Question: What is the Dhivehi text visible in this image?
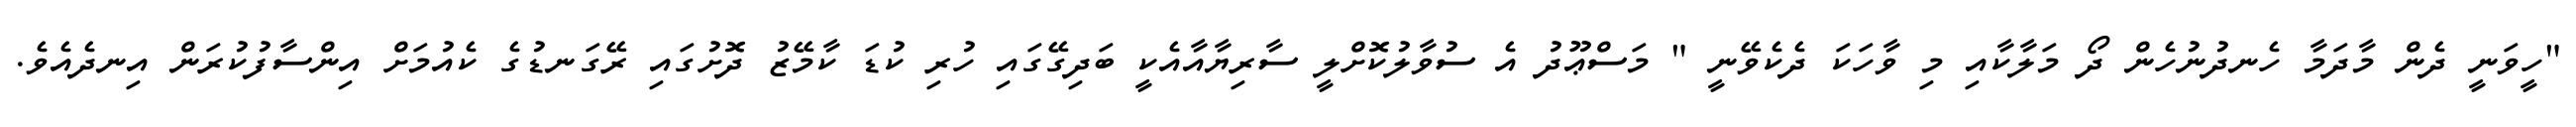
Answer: "ހީވަނީ ދެން މާދަމާ ހެނދުނުހެން ދޯ މަލާކާއި މި ވާހަކަ ދެކެވޭނީ " މަސްޢޫދު އެ ސުވާލުކޮށްލީ ސާރިޔާއާއެކީ ބަދިގޭގައި ހުރި ކުޑަ ކާމޭޒު ދޮށުގައި ރޭގަނޑުގެ ކެއުމަށް އިންސާފުކުރަން އިނދެއެވެ.